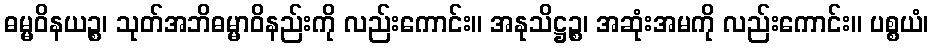
ဓမ္မဝိနယဉ္စ၊ သုတ်အဘိဓမ္မာဝိနည်းကို လည်းကောင်း။ အနုသိဋ္ဌဉ္စ၊ အဆုံးအမကို လည်းကောင်း။ ပစ္စယံ၊